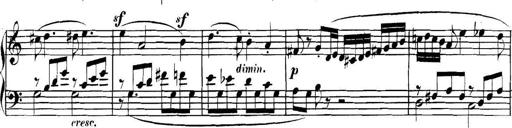
Title: Collected Piano Sonatas
Composer: Muzio Clementi